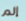
إلم